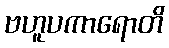
ဗဟူပကာရောတိ